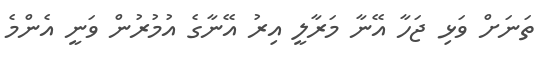
ތަނަށް ވަޅި ޖަހާ އޭނާ މަރާލީ އިރު އޭނާގެ އުމުރުން ވަނީ އެންމެ